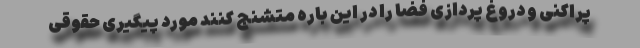
پراکنی و دروغ پردازی فضا را در این باره متشنج کنند مورد پیگیری حقوقی